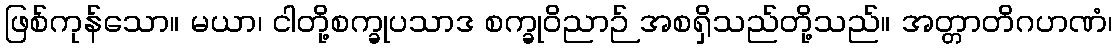
ဖြစ်ကုန်သော။ မယာ၊ ငါတို့စက္ခုပသာဒ စက္ခုဝိညာဉ် အစရှိသည်တို့သည်။ အတ္တာတိဂဟဏံ၊